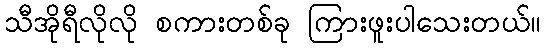
သီအိုရီလိုလို စကားတစ်ခု ကြားဖူးပါသေးတယ်။